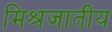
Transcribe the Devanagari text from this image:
मिश्रजातीय